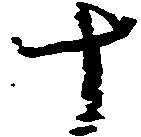
十